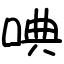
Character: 唺